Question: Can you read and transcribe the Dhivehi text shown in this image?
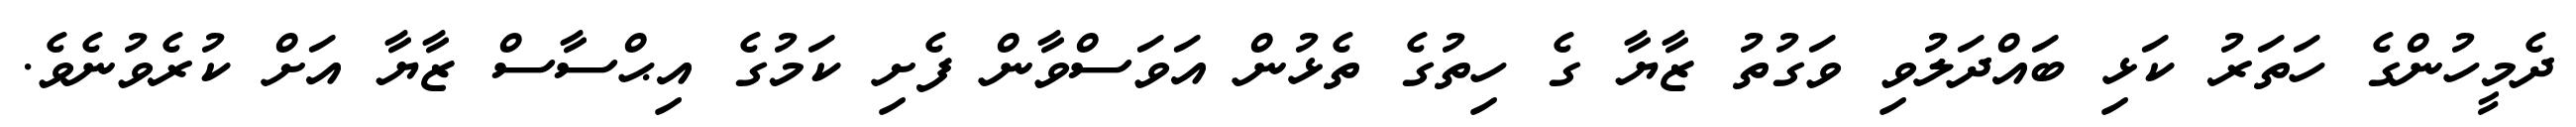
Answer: ދެމީހުންގެ ހަތަރު ކަޅި ބައްދަލުވި ވަގުތު ޒާޔާ ގެ ހިތުގެ ތެޅުން އަވަސްވާން ފެށި ކަމުގެ އިޙްސާސް ޒާޔާ އަށް ކުރެވުނެވެ.